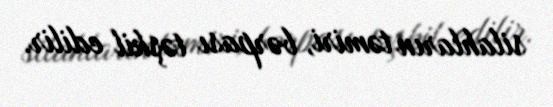
silahların təmiri, bərpası təşkil edilir.